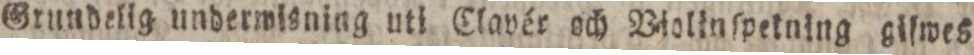
Grundelig underwisning uti Clavér och Violinſpekning giſwes